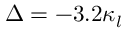
\Delta = - 3 . 2 \kappa _ { l }